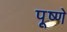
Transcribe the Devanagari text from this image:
पूष्णे